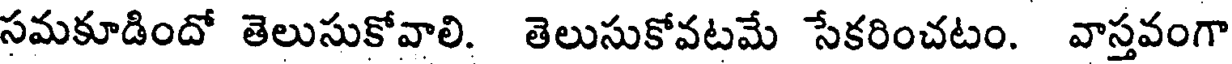
సమకూడిందో తెలుసుకోవాలి. తెలుసుకోవటమే సేకరించటం. వాస్తవంగా